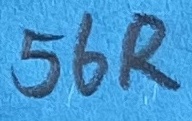
Text: 56R